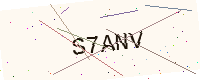
Text: S7ANV